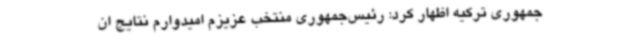
جمهوری ترکیه اظهار کرد: رئیس‌جمهوری منتخب عزیزم امیدوارم نتایج ان